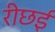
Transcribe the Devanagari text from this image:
रीछई